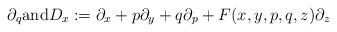
LaTeX: \begin{gather*}\partial_q\textrm{and} D_x := \partial_x + p \partial_y + q \partial_p + F(x, y, p, q, z) \partial_z\end{gather*}